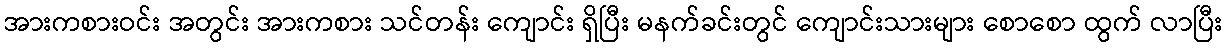
အားကစားဝင်း အတွင်း အားကစား သင်တန်း ကျောင်း ရှိပြီး မနက်ခင်းတွင် ကျောင်းသားများ စောစော ထွက် လာပြီး